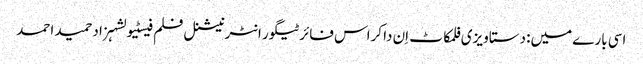
اسی بارے میں: دستاویزی فلمکاٹ اِن دا کراس فائرٹیگور انٹرنیشنل فلم فیسٹیولشہزاد حمید احمد